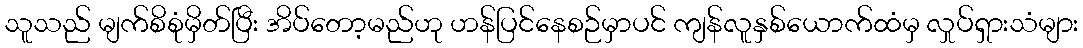
သူသည် မျက်စိစုံမှိတ်ပြီး အိပ်တော့မည်ဟု ဟန်ပြင်နေစဉ်မှာပင် ကျန်လူနှစ်ယောက်ထံမှ လှုပ်ရှားသံများ